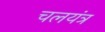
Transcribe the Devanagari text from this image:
चलयंत्र